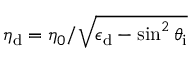
\eta _ { \mathrm { d } } = \eta _ { 0 } / \sqrt { \epsilon _ { \mathrm { d } } - \sin ^ { 2 } \theta _ { \mathrm { i } } }